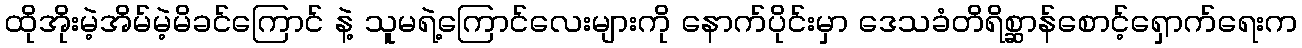
ထိုအိုးမဲ့အိမ်မဲ့မိခင်ကြောင် နဲ့ သူမရဲ့ကြောင်လေးများကို နောက်ပိုင်းမှာ ဒေသခံတိရိစ္ဆာန်စောင့်ရှောက်ရေးက